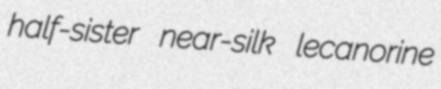
half-sister near-silk lecanorine